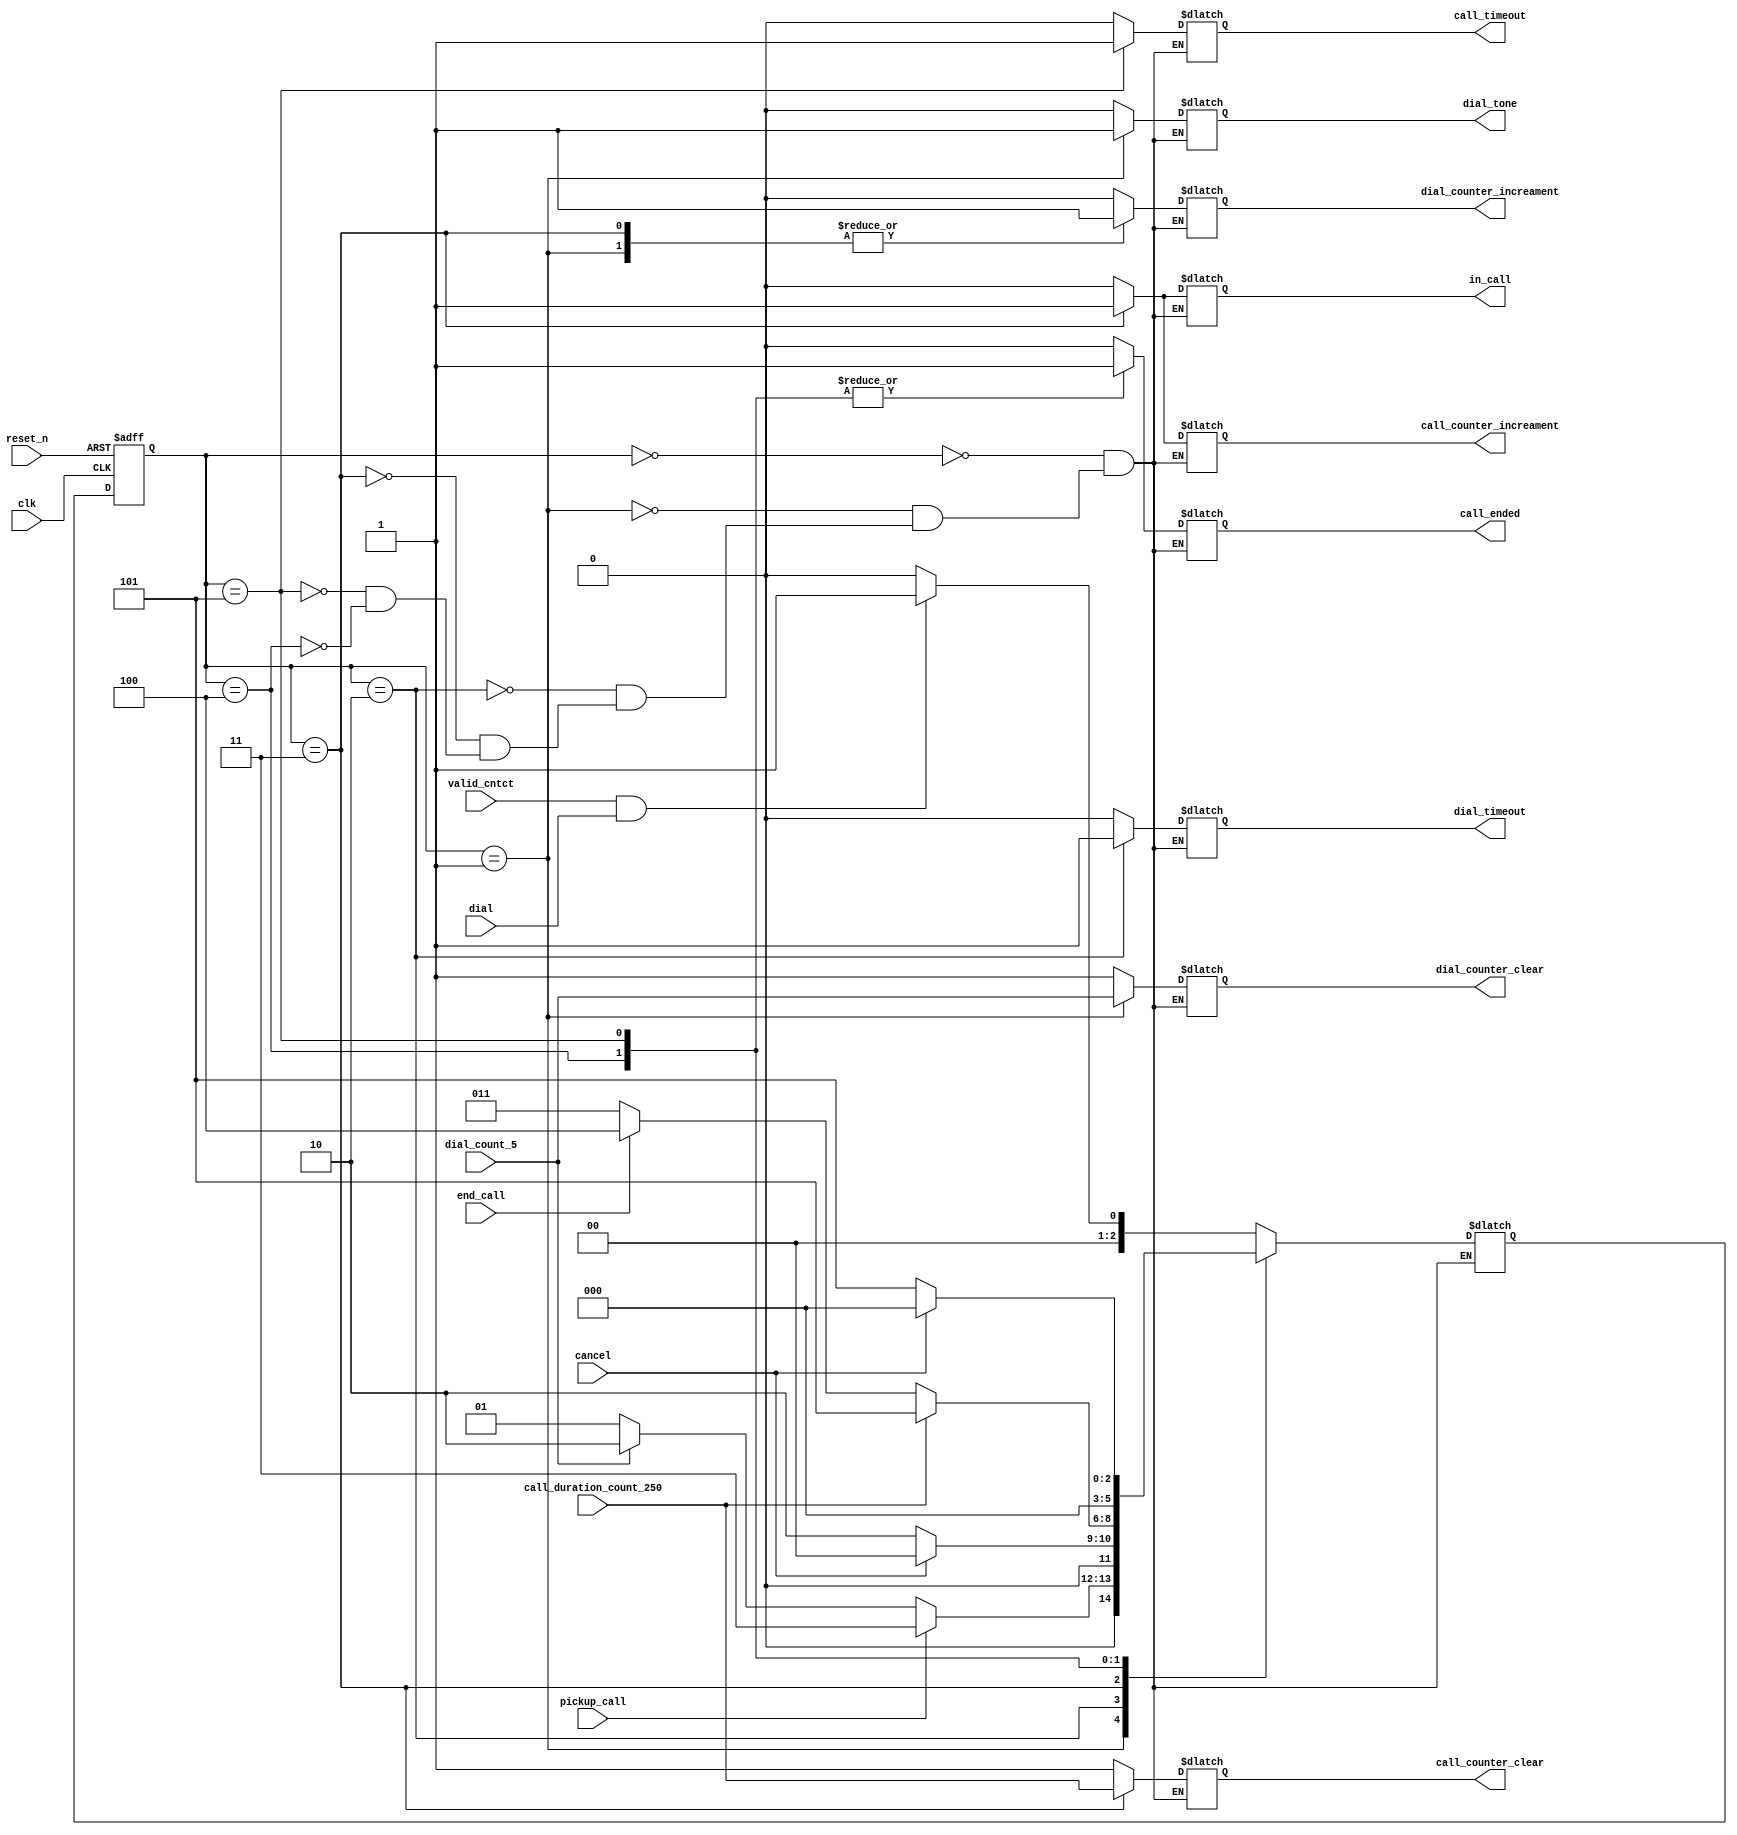
module tele_fsm(
    input clk, reset_n, 
    input pickup_call, 
    input dial, cancel, end_call,
    input valid_cntct, 
    input dial_count_5, 
    input call_duration_count_250,

    output reg dial_tone, call_ended, 
    output reg dial_counter_clear, dial_counter_increament, 
    output reg call_counter_clear, call_counter_increament,
    output reg call_timeout, in_call, dial_timeout); 


    parameter IDLE          = 3'b000; 
    parameter DIAL          = 3'b001; 
    parameter DIAL_TIMEOUT  = 3'b010;
    parameter IN_CALL       = 3'b011; 
    parameter END_CALL      = 3'b100; 
    parameter CALL_TIMEOUT  = 3'b101; 


    reg [2:0] present_state, next_state; 

    always @(*) begin
        begin: NSL
            case(present_state)
                IDLE            : next_state = valid_cntct & dial ? DIAL : IDLE; 
                DIAL            : next_state = pickup_call ? IN_CALL : (dial_count_5 ? DIAL_TIMEOUT : DIAL);
                DIAL_TIMEOUT    : next_state = cancel ? IDLE : DIAL_TIMEOUT; 
                IN_CALL         : begin
                                    if(call_duration_count_250)
                                        next_state = CALL_TIMEOUT;
                                    else if(end_call)
                                        next_state = END_CALL; 
                                    else 
                                    	next_state = IN_CALL;
                                end
                END_CALL        : next_state = IDLE; 
                CALL_TIMEOUT    : next_state = cancel ? IDLE: CALL_TIMEOUT; 
            endcase
        end

        begin: OL
            case(present_state)
                IDLE        : begin
                                dial_counter_clear      = 1; 
                                dial_counter_increament = 0;
                                call_counter_clear      = 1; 
                                call_counter_increament = 0; 
                                dial_timeout            = 0; 
                                in_call                 = 0; 
                                call_timeout            = 0; 
                                dial_tone               = 0; 
                                call_ended              = 0; 
                end 
                DIAL        :  begin
                                dial_counter_clear      = dial_count_5; 
                                dial_counter_increament = 1;
                                call_counter_clear      = 1; 
                                call_counter_increament = 0; 
                                dial_timeout            = 0; 
                                in_call                 = 0; 
                                call_timeout            = 0; 
                                dial_tone               = 1; 
                                call_ended              = 0; 
                end 
                DIAL_TIMEOUT: begin
                                dial_counter_clear      = 1; 
                                dial_counter_increament = 0;
                                call_counter_clear      = 1; 
                                call_counter_increament = 0; 
                                dial_timeout            = 1; 
                                in_call                 = 0; 
                                call_timeout            = 0; 
                                dial_tone               = 0; 
                                call_ended              = 0; 
                end 
                IN_CALL     :  begin
                                dial_counter_clear      = 1; 
                                dial_counter_increament = 1;
                                call_counter_clear      = call_duration_count_250; 
                                call_counter_increament = 1; 
                                dial_timeout            = 0; 
                                in_call                 = 1; 
                                call_timeout            = 0; 
                                dial_tone               = 0; 
                                call_ended              = 0; 
                end 
                CALL_TIMEOUT: begin
                                dial_counter_clear      = 1; 
                                dial_counter_increament = 0;
                                call_counter_clear      = 1; 
                                call_counter_increament = 0; 
                                dial_timeout            = 0; 
                                in_call                 = 0; 
                                call_timeout            = 1; 
                                dial_tone               = 0; 
                                call_ended              = 1; 
                end 
                END_CALL     :  begin
                                dial_counter_clear      = 1; 
                                dial_counter_increament = 0;
                                call_counter_clear      = 1; 
                                call_counter_increament = 0;                                 
                                dial_timeout            = 0; 
                                in_call                 = 0; 
                                call_timeout            = 0; 
                                dial_tone               = 0; 
                                call_ended              = 1; 
                end 
            endcase
        end
    end


    always @(posedge clk or negedge reset_n) begin 
        if(!reset_n)
            present_state <= IDLE; 
        else 
            present_state <= next_state; 
    end

endmodule